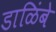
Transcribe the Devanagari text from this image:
डाळिंबे